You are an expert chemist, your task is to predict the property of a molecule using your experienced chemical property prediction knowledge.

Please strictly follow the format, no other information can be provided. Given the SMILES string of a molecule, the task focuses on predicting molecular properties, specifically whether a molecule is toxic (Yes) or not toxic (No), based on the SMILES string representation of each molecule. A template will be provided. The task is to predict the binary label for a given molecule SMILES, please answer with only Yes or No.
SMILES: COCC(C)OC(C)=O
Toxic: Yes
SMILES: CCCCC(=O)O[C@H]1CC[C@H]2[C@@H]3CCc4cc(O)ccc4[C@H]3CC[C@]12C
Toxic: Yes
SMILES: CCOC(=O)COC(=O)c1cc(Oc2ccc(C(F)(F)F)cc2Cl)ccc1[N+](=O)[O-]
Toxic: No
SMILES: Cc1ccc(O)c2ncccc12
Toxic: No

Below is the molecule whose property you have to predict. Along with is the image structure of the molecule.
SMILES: CO/N=C(/C(=O)OC)c1ccccc1CON=C(C)c1cccc(C(F)(F)F)c1
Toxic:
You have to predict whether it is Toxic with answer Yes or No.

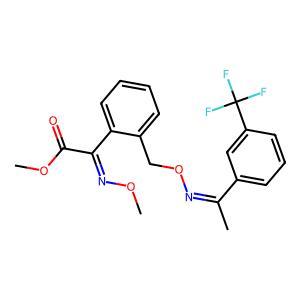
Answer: No